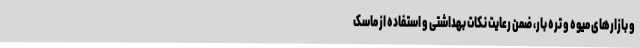
و بازارهای میوه و تره بار، ضمن رعایت نکات بهداشتی و استفاده از ماسک